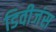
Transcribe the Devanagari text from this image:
डिवीजंस